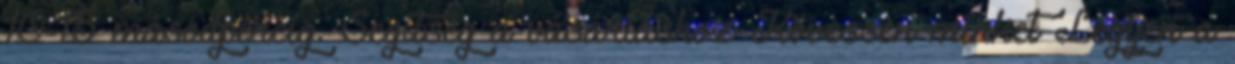
10-15 másodpercig. Segítség a vásárláshoz Kövessen minket Legyen a